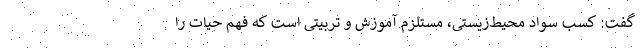
گفت: کسب سواد محیط‌زیستی، مستلزم آموزش و تربیتی است که فهم حیات را